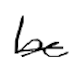
Text: be
Cross-out: single-line
Writing tool: digital_black